Scottish Leaving Certificate Examination, 1951
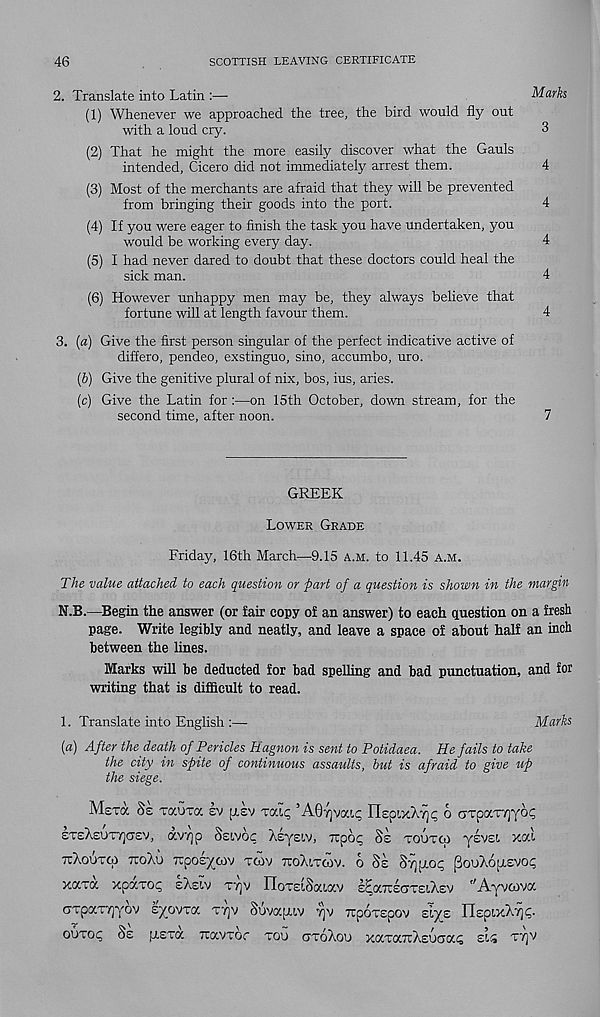
46
SCOTTISH LEAVING CERTIFICATE
2. Translate into Latin :—
Marks
(1) Whenever we approached the tree, the bird would fly out
with a loud cry.
3
(2) That he might the more easily discover what the Gauls
intended, Cicero did not immediately arrest them.
4
(3) Most of the merchants are afraid that they will be prevented
from bringing their goods into the port.
4
(4) If you were eager to finish the task you have undertaken, you
would be working every day.
4
(5) I had never dared to doubt that these doctors could heal the
sick man.
4
(6) However unhappy men may be, they always believe that
fortune will at length favour them.
4
3. (a) Give the first person singular of the perfect indicative active of
differo, pendeo, exstinguo, sino, accumbo, uro.
(b) Give the genitive plural of nix, bos, ius, aries.
(c) Give the Latin for :—on 15th October, down stream, for the
second time, after noon.
7
GREEK
Lower Grade
Friday, 16th March—9.15 a.m. to 11.45 a.m.
The value attached to each question or part of a question is shown in the margin
N.B.—Begin the answer (or fair copy of an answer) to each question on a fresh
page. Write legibly and neatly, and leave a space of about half an inch
between the lines.
Marks will be deducted for bad spelling and bad punctuation, and for
writing that is difficult to read.
1. Translate into English :—
Marks
(a) After the death of Pericles hagnon is sent to Potidaea. He fails to take
the city in spite of continuous assaults, but is afraid to give up
the siege.
MsTOC Se TOCUTOC £V [LEV TCCl^ ’AO^VOCli; ri£pLxL7]<; 6 (JTp<XT7]YOC
ETeXeUT^CJEV, 0CV7]P SeLVOC LEyslV, Tipop §£ TOUT 6} yEVEl xal
ttLoutco ttoXu TCpOET/MV TCOV TCOXlTCOV. 6 Ss §-yj[LOt; (3ooX6[xsvot;
xcctoc xcv.toc eXeiv tt]v IIoTEiSaiocv eEocttegtelXsv "Ayvcova
GTpaTTjyov eyovTa tyjv S’uvapuv yjv rcpoTEpov siys IT£pi.xXy)<;.
OUTOc^ §£ [LETOC TCaVTOC TOU CTToXoU XOCTOCTlXeUCIOCc;